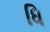
ધિ